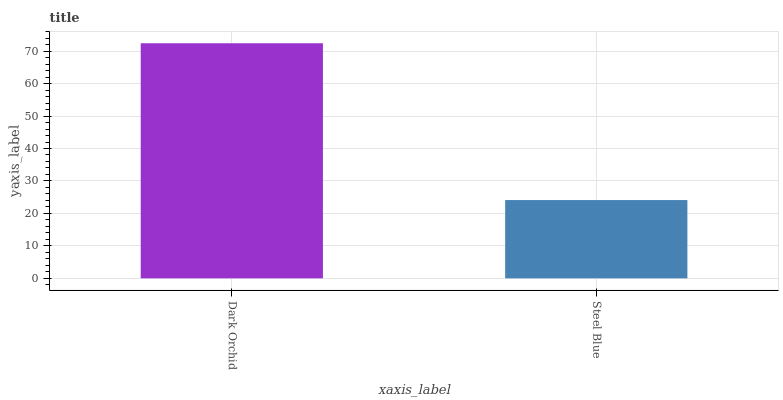
| xaxis_label | bars |
 | --- | --- |
 | Dark Orchid | 72.4 |
 | Steel Blue | 24.1 |